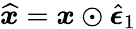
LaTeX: \widehat{\boldsymbol{x}}=\boldsymbol{x}\odot\widehat{\boldsymbol{\epsilon}}_{1}